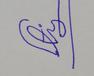
Signature authenticity: forged